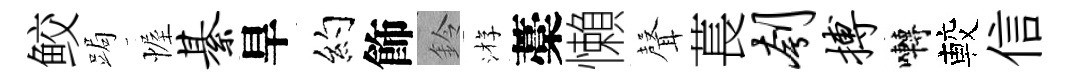
鲛跼幄綦旱约飾鈴㳺藁懶𮋻萇刳搏囀較信